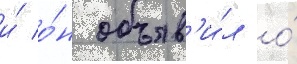
и́ о́н объяв'и́л о́